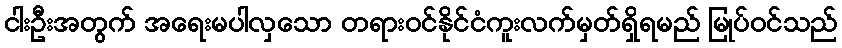
ငါးဦးအတွက် အရေးမပါလှသော တရားဝင်နိုင်ငံကူးလက်မှတ်ရှိရမည် မြုပ်ဝင်သည်